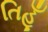
તિહૂઁ